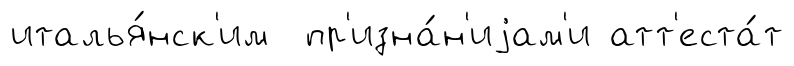
италья́нск'им пр'изна́н'иjам'и атт'еста́т